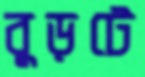
বুড়টে